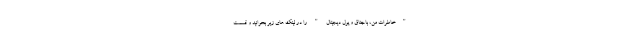
"خاطرات من، باجناق و پول دیجیتال " را در لینک های زیر بخوانید و قسمت